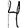
Digit: 4